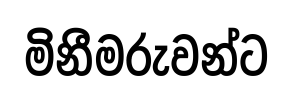
මිනීමරුවන්ට